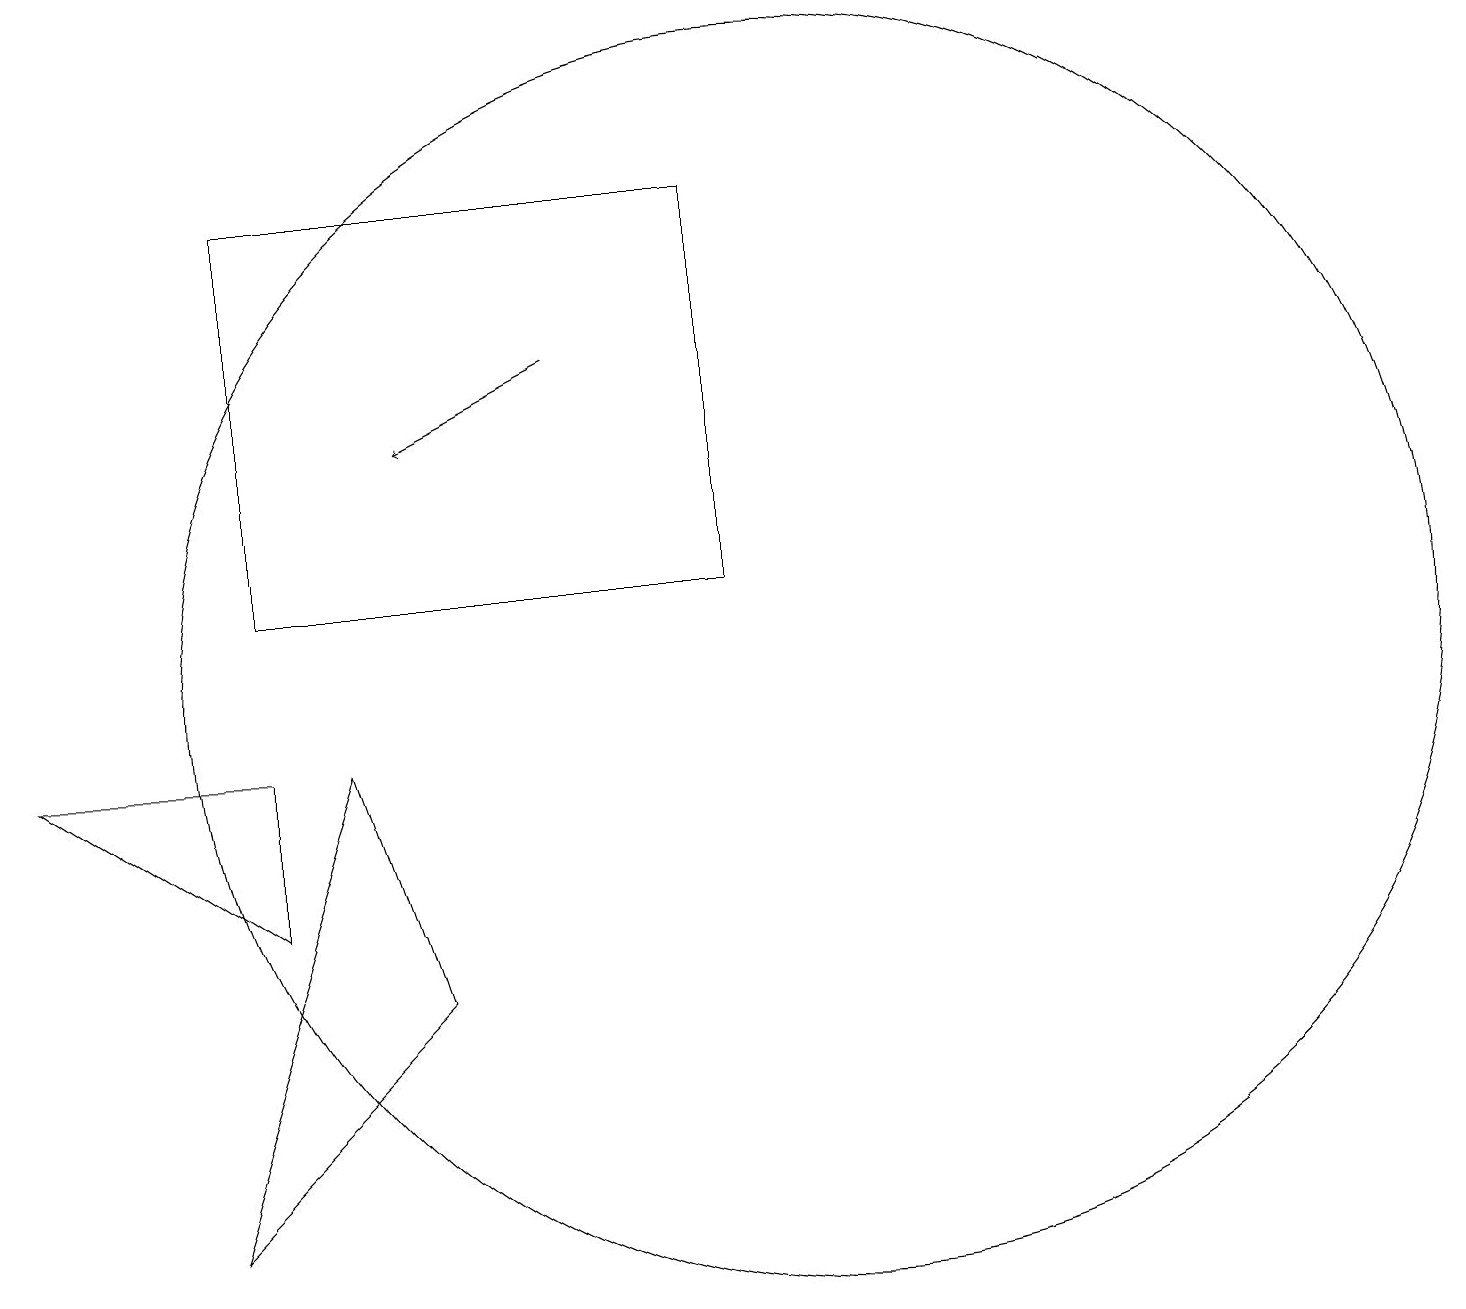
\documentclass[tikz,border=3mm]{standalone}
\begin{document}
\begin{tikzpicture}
\draw (10,10) circle (8);
\draw[->] (7,14) -- (5,13);
\draw (3,7) -- (3,9) -- (0,9) -- cycle;
\draw (3,11) rectangle (9,16);
\draw (5,6) -- (4,9) -- (2,3) -- cycle;
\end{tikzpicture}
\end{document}